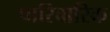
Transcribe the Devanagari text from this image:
पारिवारिक